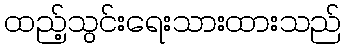
ထည့်သွင်းရေးသားထားသည်